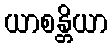
ယာစန္တိယာ